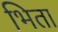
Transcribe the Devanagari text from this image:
भिता